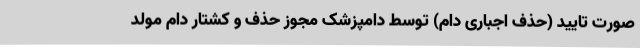
صورت تایید (حذف اجباری دام) توسط دامپزشک مجوز حذف و کشتار دام مولد